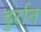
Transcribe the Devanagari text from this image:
दुर्रान